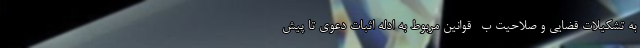
به تشکیلات قضایی و صلاحیت ب- قوانین مربوط به ادله اثبات دعوی تا پیش